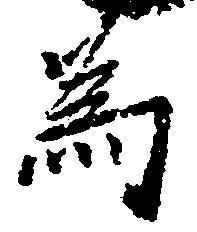
為